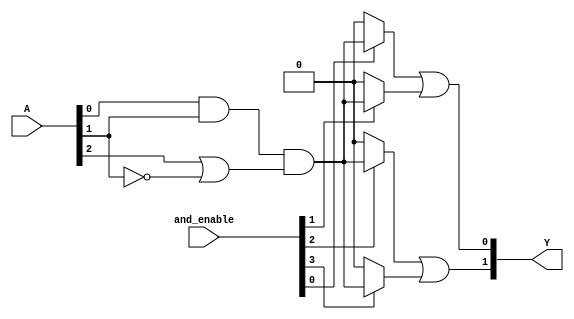
module PLA #(parameter N_INPUTS = 3,          // Number of inputs
             parameter N_AND_GATES = 4,      // Number of AND gates
             parameter N_OUTPUTS = 2)        // Number of outputs
(
    input wire [N_INPUTS-1:0] A,             // Input vector
    input wire [N_AND_GATES-1:0] and_enable, // Control lines for AND array
    output wire [N_OUTPUTS-1:0] Y            // Output vector
);

// Declare product terms
wire [N_AND_GATES-1:0] product_terms;

// Programmable AND array
genvar i;
generate
    for (i = 0; i < N_AND_GATES; i = i + 1) begin : and_array
        assign product_terms[i] = (and_enable[i] == 1'b1) ? (A[0] & A[1] & (A[2] | ~A[1])) : 1'b0; // Example product term
    end
endgenerate

// Programmable OR array
reg [N_OUTPUTS-1:0] Y_reg;
always @(*) begin
    Y_reg[0] = product_terms[0] | product_terms[1];    // Example logic for output Y1
    Y_reg[1] = product_terms[2] | product_terms[3];    // Example logic for output Y2
end

assign Y = Y_reg;

endmodule